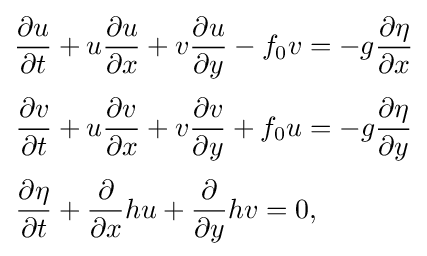
{\begin{aligned}{\partial u \over \partial t}&+u{\partial u \over \partial x}+v{\partial u \over \partial y}-f_{0}v=-g{\partial \eta  \over \partial x}\\[3pt]{\partial v \over \partial t}&+u{\partial v \over \partial x}+v{\partial v \over \partial y}+f_{0}u=-g{\partial \eta  \over \partial y}\\[3pt]{\partial \eta  \over \partial t}&+{\partial  \over \partial x}hu+{\partial  \over \partial y}hv=0,\end{aligned}}